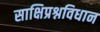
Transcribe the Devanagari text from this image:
साक्षिप्रश्नविधान